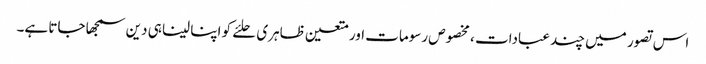
اس تصور میں چند عبادات ، مخصوص رسومات اور متعین ظاہری حلئے کو اپنا لینا ہی دین سمجھا جاتا ہے۔